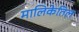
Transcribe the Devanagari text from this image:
मालिकेतिल